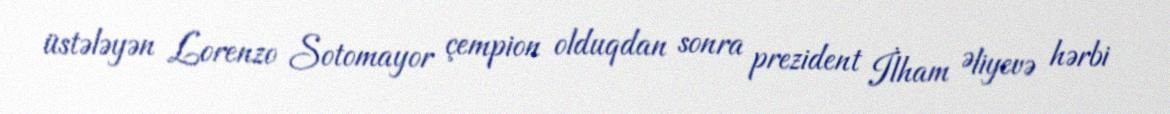
üstələyən Lorenzo Sotomayor çempion olduqdan sonra prezident İlham Əliyevə hərbi